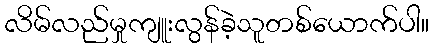
လိမ်လည်မှုကျူးလွန်ခဲ့သူတစ်ယောက်ပါ။